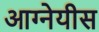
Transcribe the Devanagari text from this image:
आग्‍नेयीस